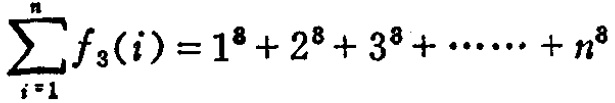
\(\sum_{i = 1}^{n} f_{3}(i)=1^{8}+2^{8}+3^{8}+\cdots\cdots +n^{8}\)